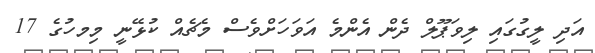
އަދި ލީގުގައި ލިވަޕޫލް ދެން އެންމެ އަވަހަށްވެސް މެޗެއް ކުޅޭނީ މިމހުގެ 17